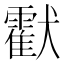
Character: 𤣅